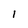
Character: 1